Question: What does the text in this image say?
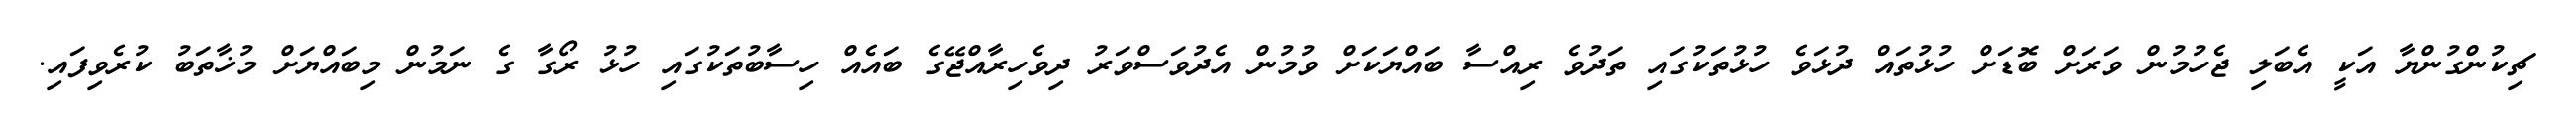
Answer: ޗިކުންގުންޔާ އަކީ އެބަލި ޖެހުމުން ވަރަށް ބޮޑަށް ހުޅުތައް ދުޅަވެ ހުޅުތަކުގައި ތަދުވެ ރިއްސާ ބައްޔަކަށް ވުމުން އެދުވަސްވަރު ދިވެހިރާއްޖޭގެ ބައެއް ހިސާބުތަކުގައި ހުޅު ރޯގާ ގެ ނަމުން މިބައްޔަށް މުޚާތަބު ކުރެވިފައި.